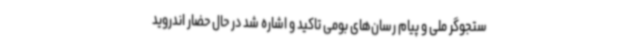
ستجوگر ملی و پیام رسان‌های بومی تاکید و اشاره شد در حال حضار اندروید